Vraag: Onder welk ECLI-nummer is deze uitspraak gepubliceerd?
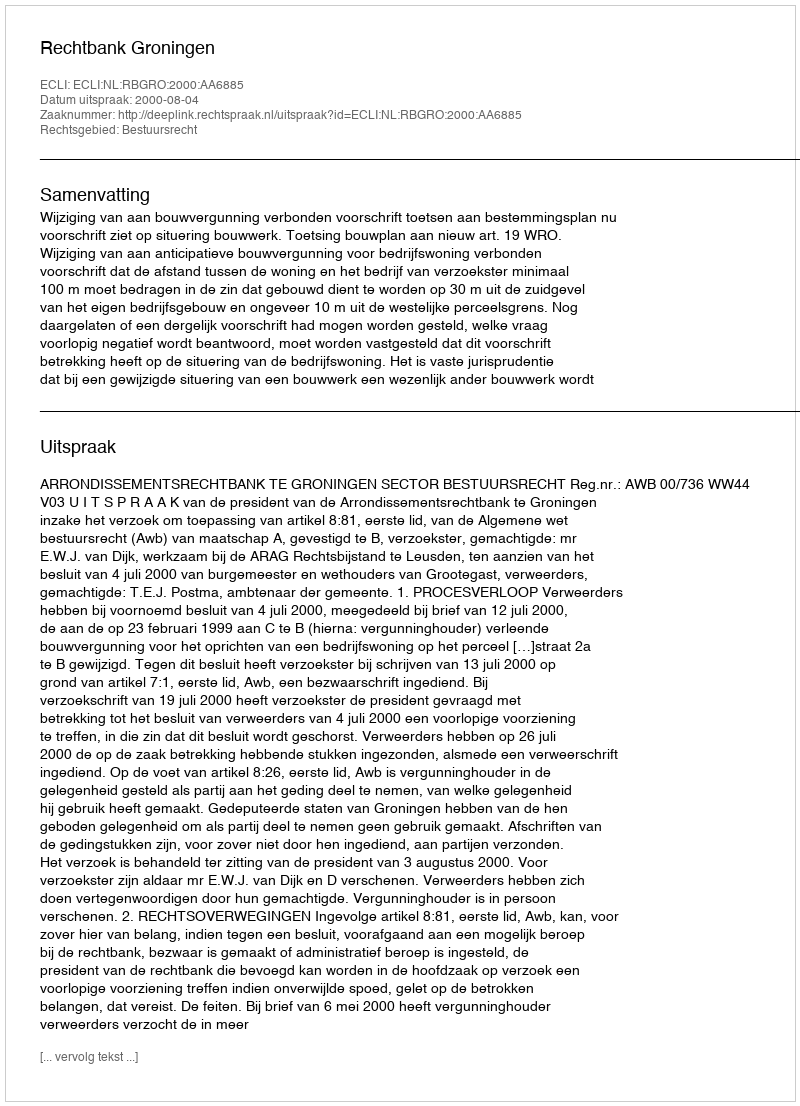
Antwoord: ECLI:NL:RBGRO:2000:AA6885